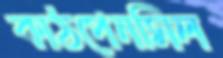
কাঠপেনসিল